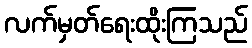
လက်မှတ်ရေးထိုးကြသည်